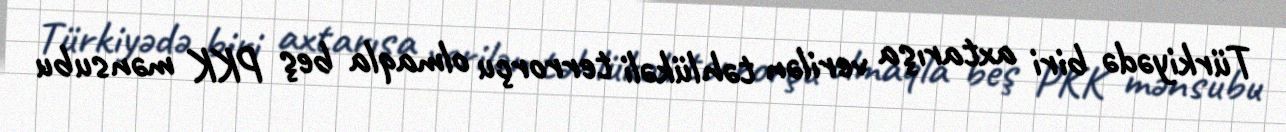
Türkiyədə biri axtarışa verilən təhlükəli terrorçu olmaqla beş PKK mənsubu